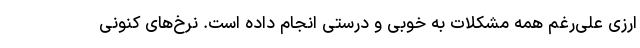
ارزی علی‌رغم همه مشکلات به خوبی و درستی انجام داده است. نرخ‌های کنونی